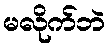
မလိုက်ဘဲ